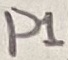
Text: P1